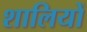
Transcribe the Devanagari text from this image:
शालियों